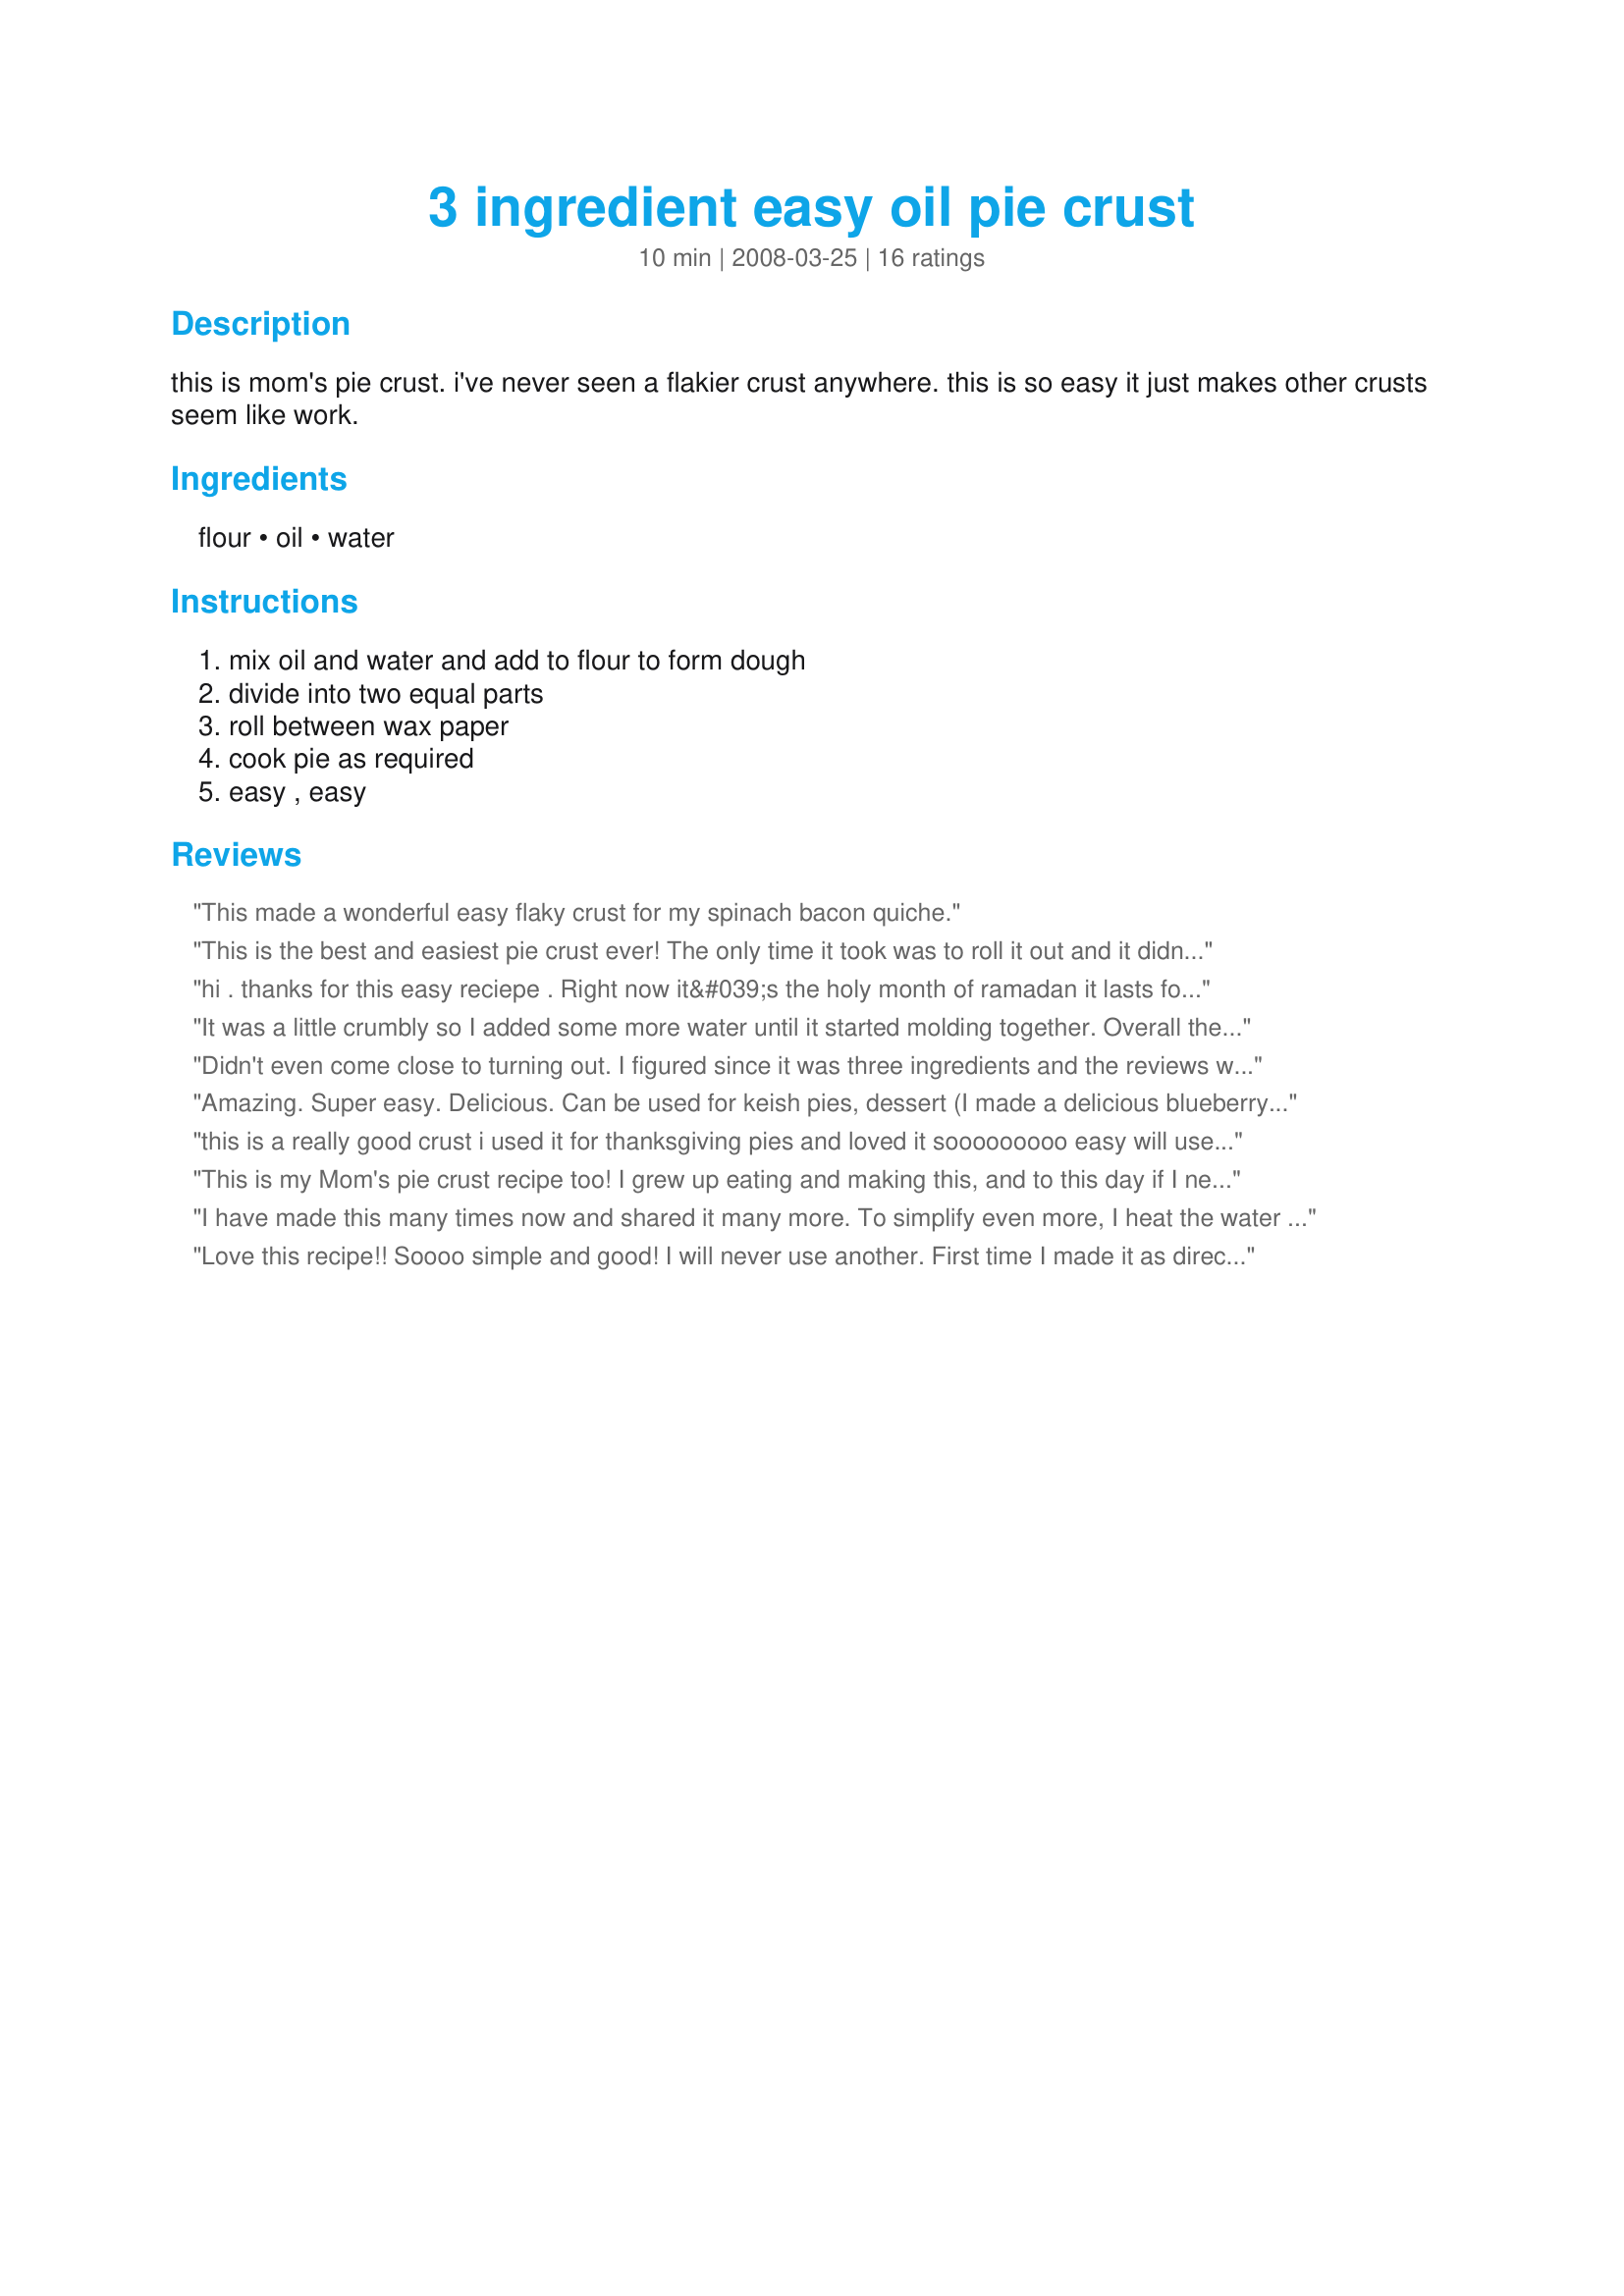
3 ingredient easy oil pie crust
Preparation time: 10 minutes

this is mom's pie crust. i've never seen a flakier crust anywhere.
this is so easy it just makes other crusts seem like work.

Ingredients:
flour, oil, water

Steps:
mix oil and water and add to flour to form dough, divide into two equal parts, roll between wax paper, cook pie as required, easy , easy

Reviews:
This made a wonderful easy flaky crust for my spinach bacon quiche.
This is the best and easiest pie crust ever! The only time it took was to roll it out and it didn't stick to my rolling pin or the counter! I use it for Quiches and pies. Simple and tasty!
hi . thanks for this easy reciepe . Right now it&#039;s the holy month of ramadan it lasts for 30 days &amp; muslims wordwide fast from dawn to sunset . My fridge is completly empty since I&#039;ve been cooking this whole month . 2 more days left of ramadan andi had nothing planned but i succefully made 2 quiches with your simply crust and managed to find beans for chilli . thx a lot
It was a little crumbly so I added some more water until it started molding together. Overall the recipe was great and I use it every time!
Didn't even come close to turning out. I figured since it was three ingredients and the reviews were all glowing, I should try it. Very dry so I added more water. Wouldn't roll at all. I ended up just patting the bottom crust into the pie plate. The top looks horrendous! Rolled it out the best I could but most stuck to the counter so it ended up being pieced together as well. It better at least taste good!!
Amazing. Super easy. Delicious. Can be used for keish pies, dessert (I made a delicious blueberry pie on Thanksgiving), chicken pot pie, pumpkin pie, etc. It is so good and flaky that no one could believe I didn&#039;t use butter in the crust!
this is a really good crust i used it for thanksgiving pies and loved it sooooooooo easy will use this for ever
This is my Mom's pie crust recipe too! I grew up eating and making this, and to this day if I need a quick pie crust for a chicken pot pie OR a dessert this is my old standby. I love it because I don't have to roll anything out. My Mom uses 1 1/2 c flour and 1/2 tsp of salt and stirs it in the pie plate. Then she uses a glass measuring cup and adds 1/3 c oil and enough water to make 1/2 c total and pours it into the pie plate.
I have made this many times now and shared it many more. To simplify even more, I heat the water and oil in a saucepan, remove from heat and add self-rising flour, stirring until it makes a ball (less than a minute.) I divide in half and make 2 bottom crusts by pressing into pie plates. NO ROLLING! Tastes the same---delicious. I am so glad I found this recipe. Thank you, thank you, thank you!
Love this recipe!! Soooo simple and good! I will never use another. First time I made it as directed and thought I would add a pinch of salt next time. Personal preference. But I just made it with a pinch of salt and some fresh rosemary for a quiche crust and it was honestly the best quiche crust ever. Can&#039;t stay away from it!!
Love it. Used less oil and more water in the end. I also used olive oil and cake flour because that's all I had. Still came out perfect. I can't wait for my next pie adventures. Thanks for this one.
I haven&#039;t made a pie crust in decades! Living in remote Costa Rica, I have to make do with what I have. I used to depend on pre-made refrigerated pie crust, NEVER AGAIN!! This was the easiest, flakiest, most delicious pie crust I&#039;ve ever tasted. My only change to the recipe is I added a pinch of salt. And I tried not to over mix the dough too much. I even had to use a glass as a rolling pin. If you have never made pie crust from scratch, I urge you to try this recipe. You&#039;ll never buy pre made pie crust again.
Absolute PERFECTION! Was out of butter and gave this a shot. I&#039;m SOLD. This crust turns out so flaky and delicious and is so crazy-easy. I will only use this recipe from now on. Hands down the best and easiest pie crust I ever made.
I made this dough following the exact measurements and using pastry flour and canola oil. Once done, even using a cold spatula to mix the ingredients and not mixing too much I got the impression it was too kneaded, like thouse kneaded doughs that tend to rebuild their form when pressed, I let the dough rest overnight in the fridge with plastic wrap, and I don&acute;t know if this is common for this dough but the next day the dough was surrounded by oil, as if part of the oil had been rejected, maybe I&acute;ll use less oil next time or maybe these oil doughs don&acute;t need chilling. Anyway, the dough was very easy to extend without extra flour. The result was pretty good for what I&acute;ve expected, it was crispy and not elastic as I feared. I will definitely be doing this dough again, maybe with a bit less oil. It&acute;s a great healthier alternative to butter with its saturated fats. Thanks a lot for this recipe!!
This is a very fast and easy recipe that really good
Tried this for the simplicity, loved it for the great texture and taste. Made chicken pot pie and it was amazing. It was cooked after 35 minutes at 350, but took a while longer to brown. Might brush on a little butter for coloring if I was taking this to a potluck or other function. I may never try another pie crust again. I certainly will never again turn down a chance to make a pie, with this easy crust up my sleeve!
